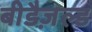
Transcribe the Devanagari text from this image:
बीडैज़ल्ड